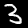
Digit: 3